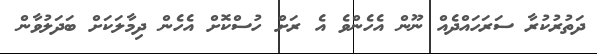
ދަތުރުކުރާ ސަރަހައްދެއް ނޫން އެހެންވެ އެ ރަށް ހުސްކޮށް އެހެން ދިމާލަކަށް ބަދަލުވާން